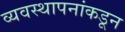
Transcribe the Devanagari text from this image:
व्यवस्थापनांकडून